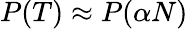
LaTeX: P(T)\approx P(\alpha N)